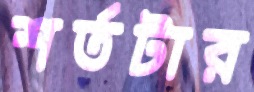
শর্তটার